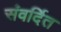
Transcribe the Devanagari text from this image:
संवर्दित